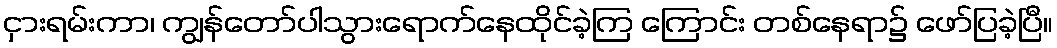
ငှားရမ်းကာ၊ ကျွန်တော်ပါသွားရောက်နေထိုင်ခဲ့ကြ ကြောင်း တစ်နေရာ၌ ဖော်ပြခဲ့ပြီ။